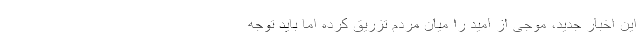
این اخبار جدید، موجی از امید را میان مردم تزریق کرده اما باید توجه